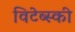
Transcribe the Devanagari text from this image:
विटेब्स्की